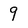
Character: 9